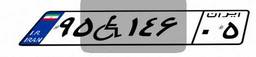
۹۵W۱۴۶۰۵